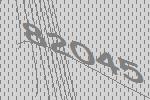
82045